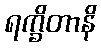
ရက္ခိတာနိ